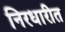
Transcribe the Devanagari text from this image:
निरधारीत